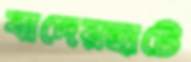
বাদেরহাটে